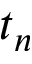
t _ { n }